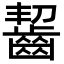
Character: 齧